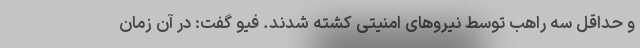
و حداقل سه راهب توسط نیروهای امنیتی کشته شدند. فیو گفت: در آن زمان